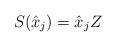
LaTeX: \begin{align*}S(\hat{x}_j)=\hat{x}_jZ\end{align*}